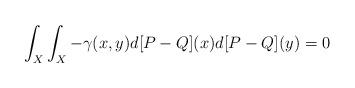
LaTeX: \begin{align*} \int_{X}\int_{X}-\gamma(x,y)d[P-Q](x)d[P-Q](y)= 0 \end{align*}